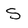
Character: S